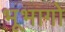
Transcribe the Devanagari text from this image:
भूभागो